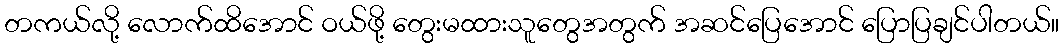
တကယ်လို့ လောက်ထိအောင် ဝယ်ဖို့ တွေးမထားသူတွေအတွက် အဆင်ပြေအောင် ပြောပြချင်ပါတယ်။